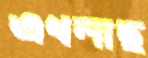
এখলাছ